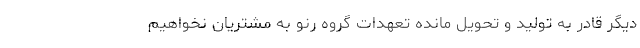
دیگر قادر به تولید و تحویل مانده تعهدات گروه رنو به مشتریان نخواهیم